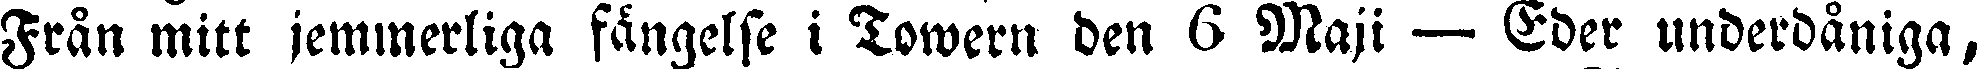
Från mitt jemmerliga fängelse i Towern den 6 Maji — Eder underdåniga,